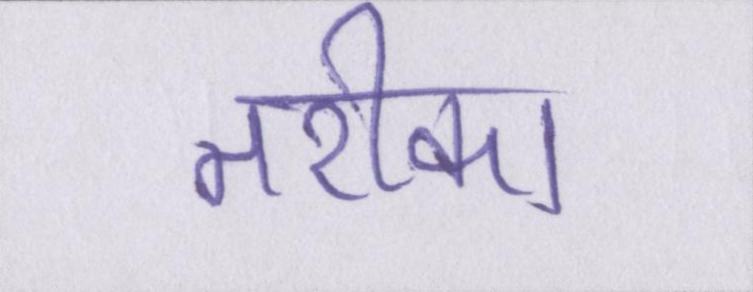
तरीका